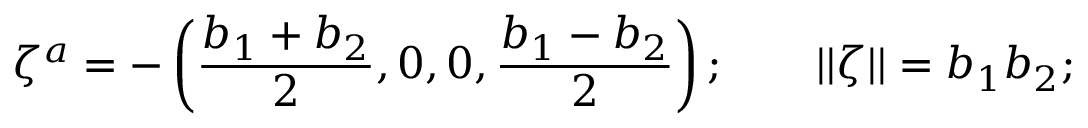
\zeta ^ { a } = - \left( { \frac { b _ { 1 } + b _ { 2 } } { 2 } } , 0 , 0 , { \frac { b _ { 1 } - b _ { 2 } } { 2 } } \right) ; \qquad | | \zeta | | = b _ { 1 } b _ { 2 } ;